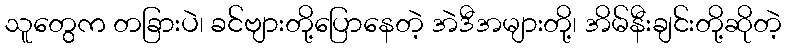
သူတွေက တခြားပဲ၊ ခင်ဗျားတို့ပြောနေတဲ့ အဲဒီအများတို့၊ အိမ်နီးချင်းတို့ဆိုတဲ့